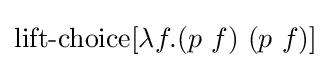
\operatorname {lift-choice} [\lambda f.(p\ f)\ (p\ f)]